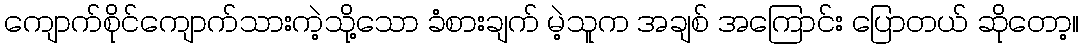
ကျောက်စိုင်ကျောက်သားကဲ့သို့သော ခံစားချက် မဲ့သူက အချစ် အကြောင်း ပြောတယ် ဆိုတော့။